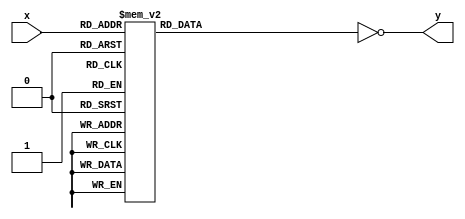
module hexto7segment(x,y);

          input[3:0] x;
			 reg[6:0] z;
			 output[6:0] y;
always @*
case (x)
4'b0000 :      	//Hexadecimal 0
z = 7'b0111111;
4'b0001 :    		//Hexadecimal 1
z = 7'b0000110  ;
4'b0010 :  		// Hexadecimal 2
z = 7'b1011011; 
4'b0011 : 		// Hexadecimal 3
z = 7'b1001111 ;
4'b0100 :		// Hexadecimal 4
z = 7'b1100110 ;
4'b0101 :		// Hexadecimal 5
z = 7'b1101101;  
4'b0110 :		// Hexadecimal 6
z = 7'b1111101;
4'b0111 :		// Hexadecimal 7
z = 7'b0000111;
4'b1000 :     		 //Hexadecimal 8
z = 7'b1111111;
4'b1001 :    		//Hexadecimal 9
z = 7'b1101111;
4'b1010 :  		// Hexadecimal A
z = 7'b1110111; 
4'b1011 : 		// Hexadecimal B
z = 7'b1111100;
4'b1100 :		// Hexadecimal C
z = 7'b0111001;
4'b1101 :		// Hexadecimal D
z = 7'b1011110;
4'b1110 :		// Hexadecimal E
z = 7'b1111001;
4'b1111 :		// Hexadecimal F
z = 7'b1110001;
endcase

assign y = ~z;
 
endmodule